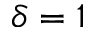
\delta = 1